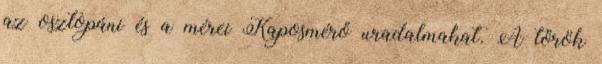
az osztopáni és a mérei Kaposmérő uradalmakat. A török